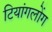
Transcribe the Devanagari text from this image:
टियांगलोंग